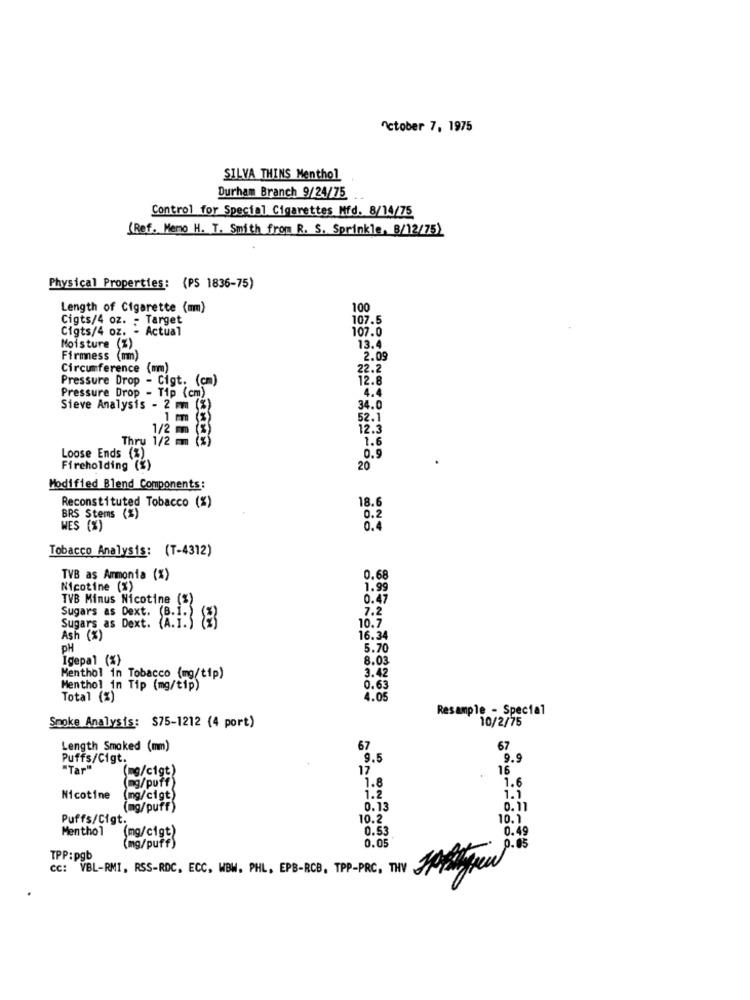
October 7, 1975
SILVA THINS Menthol
Durham Branch 9/24/75
Control for Special Cigarettes Mfd. 8/14/75
(Ref. Meno H. T. Smith from R. S. Sprinkle, 8/12/75)
Physical Properties: (PS 1836-75)
Length of Cigarette (mm)
100
Cigts/4 oz. - Target
107.5
Cigts/4 oz. - Actual
107.0
13.4
Moisture (%)
Firmness (mm)
2.09
Circumference (mm)
22.2
Pressure Drop - Cigt. (cm)
12.8
4.4
Pressure Drop - Tip (cm)
Sieve Analysis - 2 mm (%)
34.0
1 mm (%)
52.1
1/2 mm (%)
12.3
Thru 1/2 mm (z)
1.6
Loose Ends (%)
0.9
Fireholding (%)
20
Modified Blend Components:
18.6
Reconstituted Tobacco (%)
BRS Stems (%)
0.2
WES (%)
0.4
Tobacco Analysis: (T-4312)
TVB as Ammonia (%)
0.68
Nicotine (%)
1.99
TVB Minus Nicotine (%)
0.47
7.2
Sugars as Dext. (B.1.)
Sugars as Dext. A.i.
10.7
Ash (%)
16.34
DH
5.70
Igepal (%)
8.03
3.42
Menthol in Tobacco (mg/tip)
Menthol in Tip (mg/tip)
0.63
Total (%)
4.05
Resample - Special
Smoke Analysis: $75-1212 (4 port)
10/2/75
Length Smoked (mm)
67
67
Puffs/Cigt.
9.5
9.9
"Tar"
mg/cigt)
17
16
1.6
(mg/puff)
1.8
Nicotine
(mg/cigt)
1.2
1.1
(mg/puff)
0.13
0.11
Puffs/Cigt.
10.2
10.1
Menthol
0.53
0.49
(mg/cigt)
0.05
(mg/puff)
0.05
TPP:pgb
CC: VBL-RMI, RSS-RDC, ECC, WBW. PHL. EPB-RCB. TPP-PRC, THY